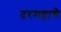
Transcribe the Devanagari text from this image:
दरमहाचे